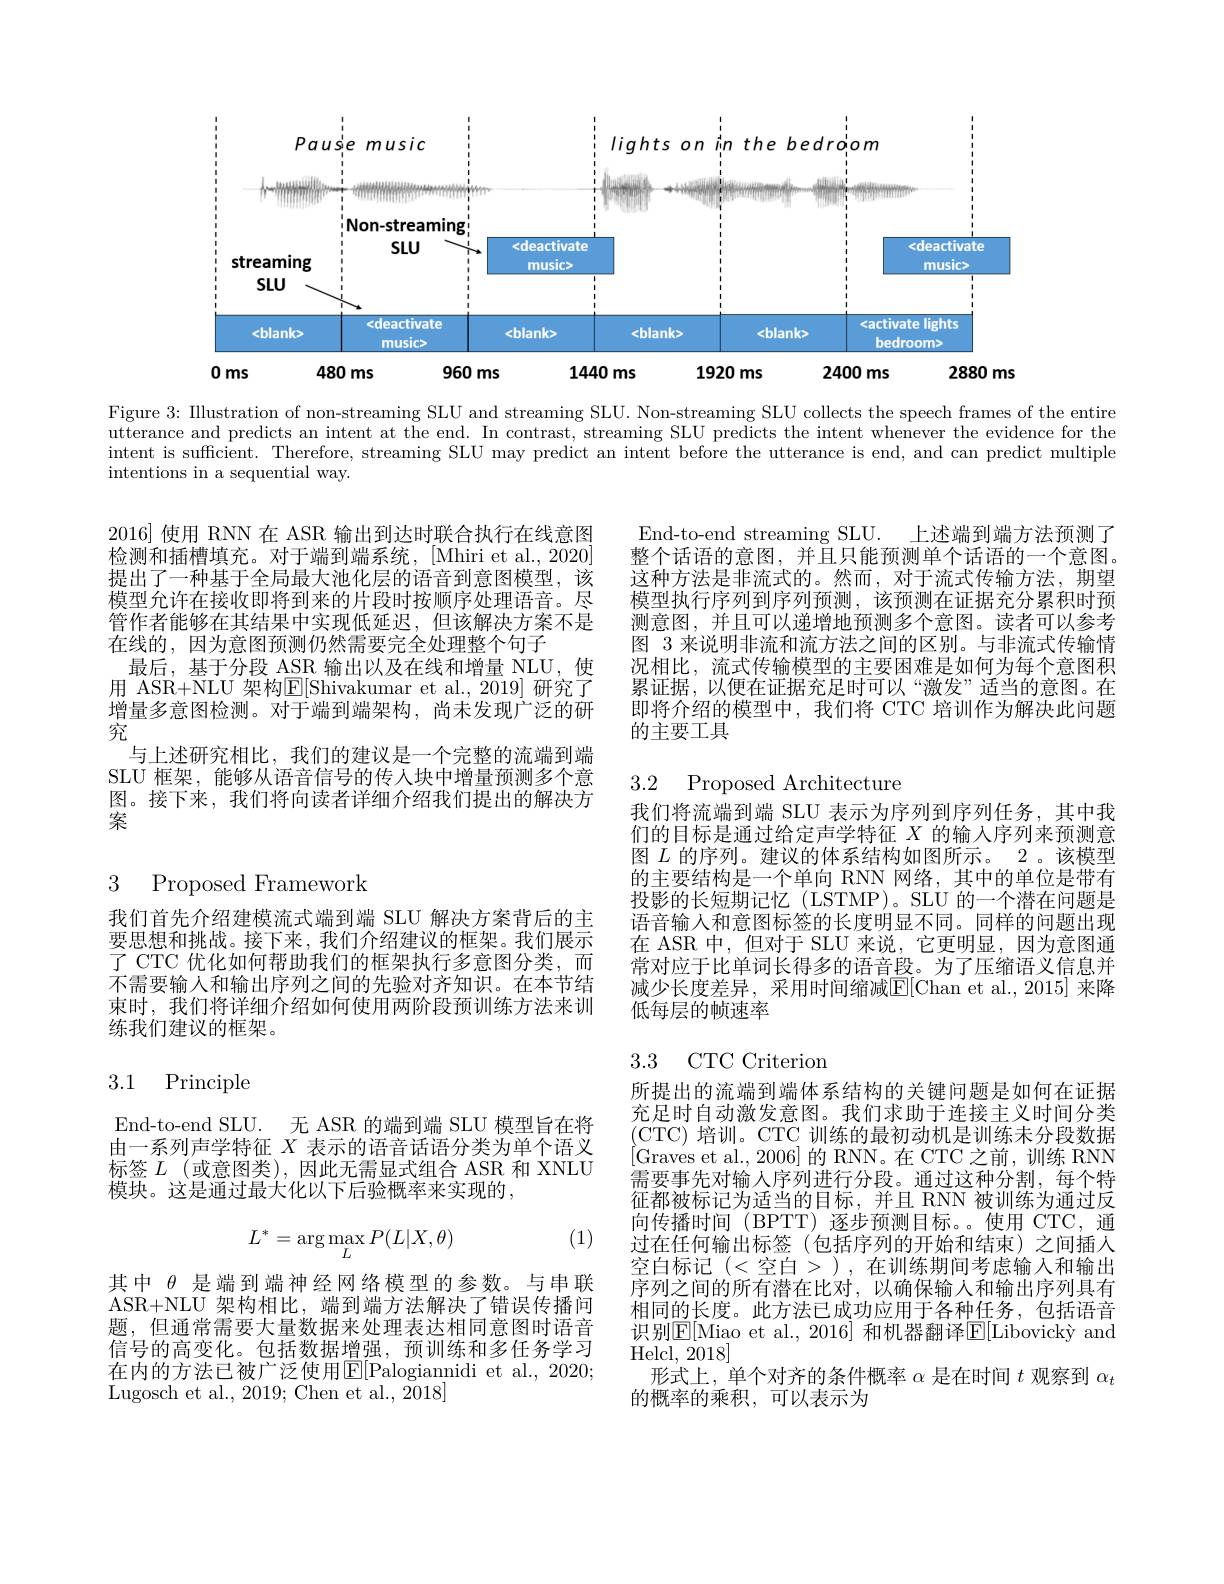
<FigureHere>

Figure 3: IIlustration of non-streaming SLU and streaming SLU. Non-streaming SLU collects the speech frames of the entire utterance and predicts an intent at the end. In contrast, streaming SLU predicts the intent whenever the evidence for the intent is sufficient. Therefore, streaming SLU may predict an intent before the utterance is end, and can predict multiple intentions in a sequential way.

2016] 使用 RNN 在 ASR 输出到达时联合执行在线意图检测和插槽填充。对于端到端系统，[Mhiri et al., 2020] 提出了一种基于全局最大池化层的语音到意图模型，该模型允许在接收即将到来的片段时按顺序处理语音。尽管作者能够在其结果中实现低延迟，但该解决方案不是在线的，因为意图预测仍然需要完全处理整个句子
最后，基于分段 ASR 输出以及在线和增量 NLU,使用 ASR+NLU 架构$\mathbb{E}[$Shivakumar et al.,2019] 研究了增量多意图检测。对于端到端架构，尚未发现广泛的研究
与上述研究相比，我们的建议是一个完整的流端到端SLU 框架，能够从语音信号的传入块中增量预测多个意图。接下来，我们将向读者详细介绍我们提出的解决方案

3 Proposed Framework

我们首先介绍建模流式端到端 SLU 解决方案背后的主要思想和挑战。接下来，我们介绍建议的框架。我们展示了 CTC 优化如何帮助我们的框架执行多意图分类，而不需要输入和输出序列之间的先验对齐知识。在本节结束时，我们将详细介绍如何使用两阶段预训练方法来训练我们建议的框架。

## 3.1 Principle

End-to-end SLU. 无 ASR 的端到端 SLU 模型旨在将由一系列声学特征$X$表示的语音话语分类为单个语义标签$L$ (或意图类),因此无需显式组合 ASR 和 XNLU 模块。这是通过最大化以下后验概率来实现的，

(1)
$$L^*=\arg\max_{L}P(L|X,\theta)$$
其中$\theta$是端到端神经网络模型的参数。与串联ASR+NLU 架构相比，端到端方法解决了错误传播问题，但通常需要大量数据来处理表达相同意图时语音信号的高变化。包括数据增强，预训练和多任务学习在内的方法已被广泛使用$\overline{\mathrm{E}}[$Palogiannidi et al., 2020; Lugosch et al., 2019; Chen et al., 2018]

End-to-end streaming SLU. 上述端到端方法预测了整个话语的意图，并且只能预测单个话语的一个意图。这种方法是非流式的。然而，对于流式传输方法，期望模型执行序列到序列预测，该预测在证据充分累积时预测意图，并且可以递增地预测多个意图。读者可以参考图 3 来说明非流和流方法之间的区别。与非流式传输情况相比，流式传输模型的主要困难是如何为每个意图积累证据，以便在证据充足时可以“激发”适当的意图。在即将介绍的模型中，我们将 CTC 培训作为解决此问题的主要工具

### 3.2 Proposed Architecture

我们将流端到端 SLU 表示为序列到序列任务，其中我们的目标是通过给定声学特征$X$的输入序列来预测意图$L$的序列。建议的体系结构如图所示。2 。该模型的主要结构是一个单向 RNN 网络，其中的单位是带有投影的长短期记忆(LSTMP)。SLU 的一个潜在问题是语音输人和意图标签的长度明显不同。同样的问题出现在 ASR 中，但对于 SLU 来说，它更明显，因为意图通常对应于比单词长得多的语音段。为了压缩语义信息并减少长度差异，采用时间缩减E[ Chan et al. , 2015] 来降低每层的帧速率

## 3.3 CTC Criteriom

所提出的流端到端体系结构的关键问题是如何在证据充足时自动激发意图。我们求助于连接主义时间分类(CTC) 培训。CTC 训练的最初动机是训练未分段数据[Graves et al.,2006]的 RNN。在 CTC 之前，训练 RNN 需要事先对输人序列进行分段。通过这种分割，每个特征都被标记为适当的目标，并且 RNN 被训练为通过反向传播时间 (BPTT) 逐步预测目标。使用 CTC, 通过在任何输出标签(包括序列的开始和结束)之间插人空白标记 (<空白>),在训练期间考虑输入和输出序列之间的所有潜在比对，以确保输人和输出序列具有相同的长度。此方法已成功应用于各种任务，包括语音识别$\mathbb{E}[$Miao et al., 2016] 和机器翻译$\mathbb{E}[$Libovický and Helcl, 2018]
形式上，单个对齐的条件概率$\alpha$是在时间$t$观察到$\alpha_t$
的概率的乘积，可以表示为